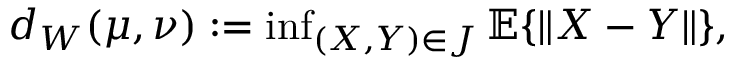
\begin{array} { r } { d _ { W } ( \mu , \nu ) : = \operatorname* { i n f } _ { ( X , Y ) \in J } \mathbb { E } \{ \| X - Y \| \} , } \end{array}